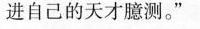
进自己的天才臆测。”